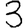
Digit: 3